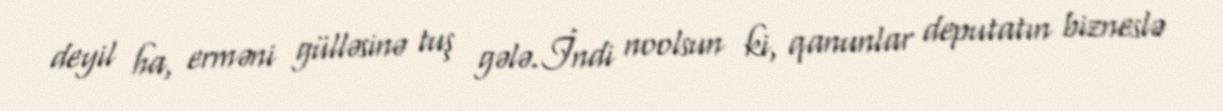
deyil ha, erməni gülləsinə tuş gələ.İndi noolsun ki, qanunlar deputatın bizneslə